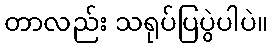
တာလည်း သရုပ်ပြပွဲပါပဲ။